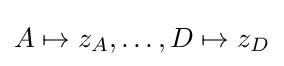
A\mapsto z_{A},\ldots ,D\mapsto z_{D}